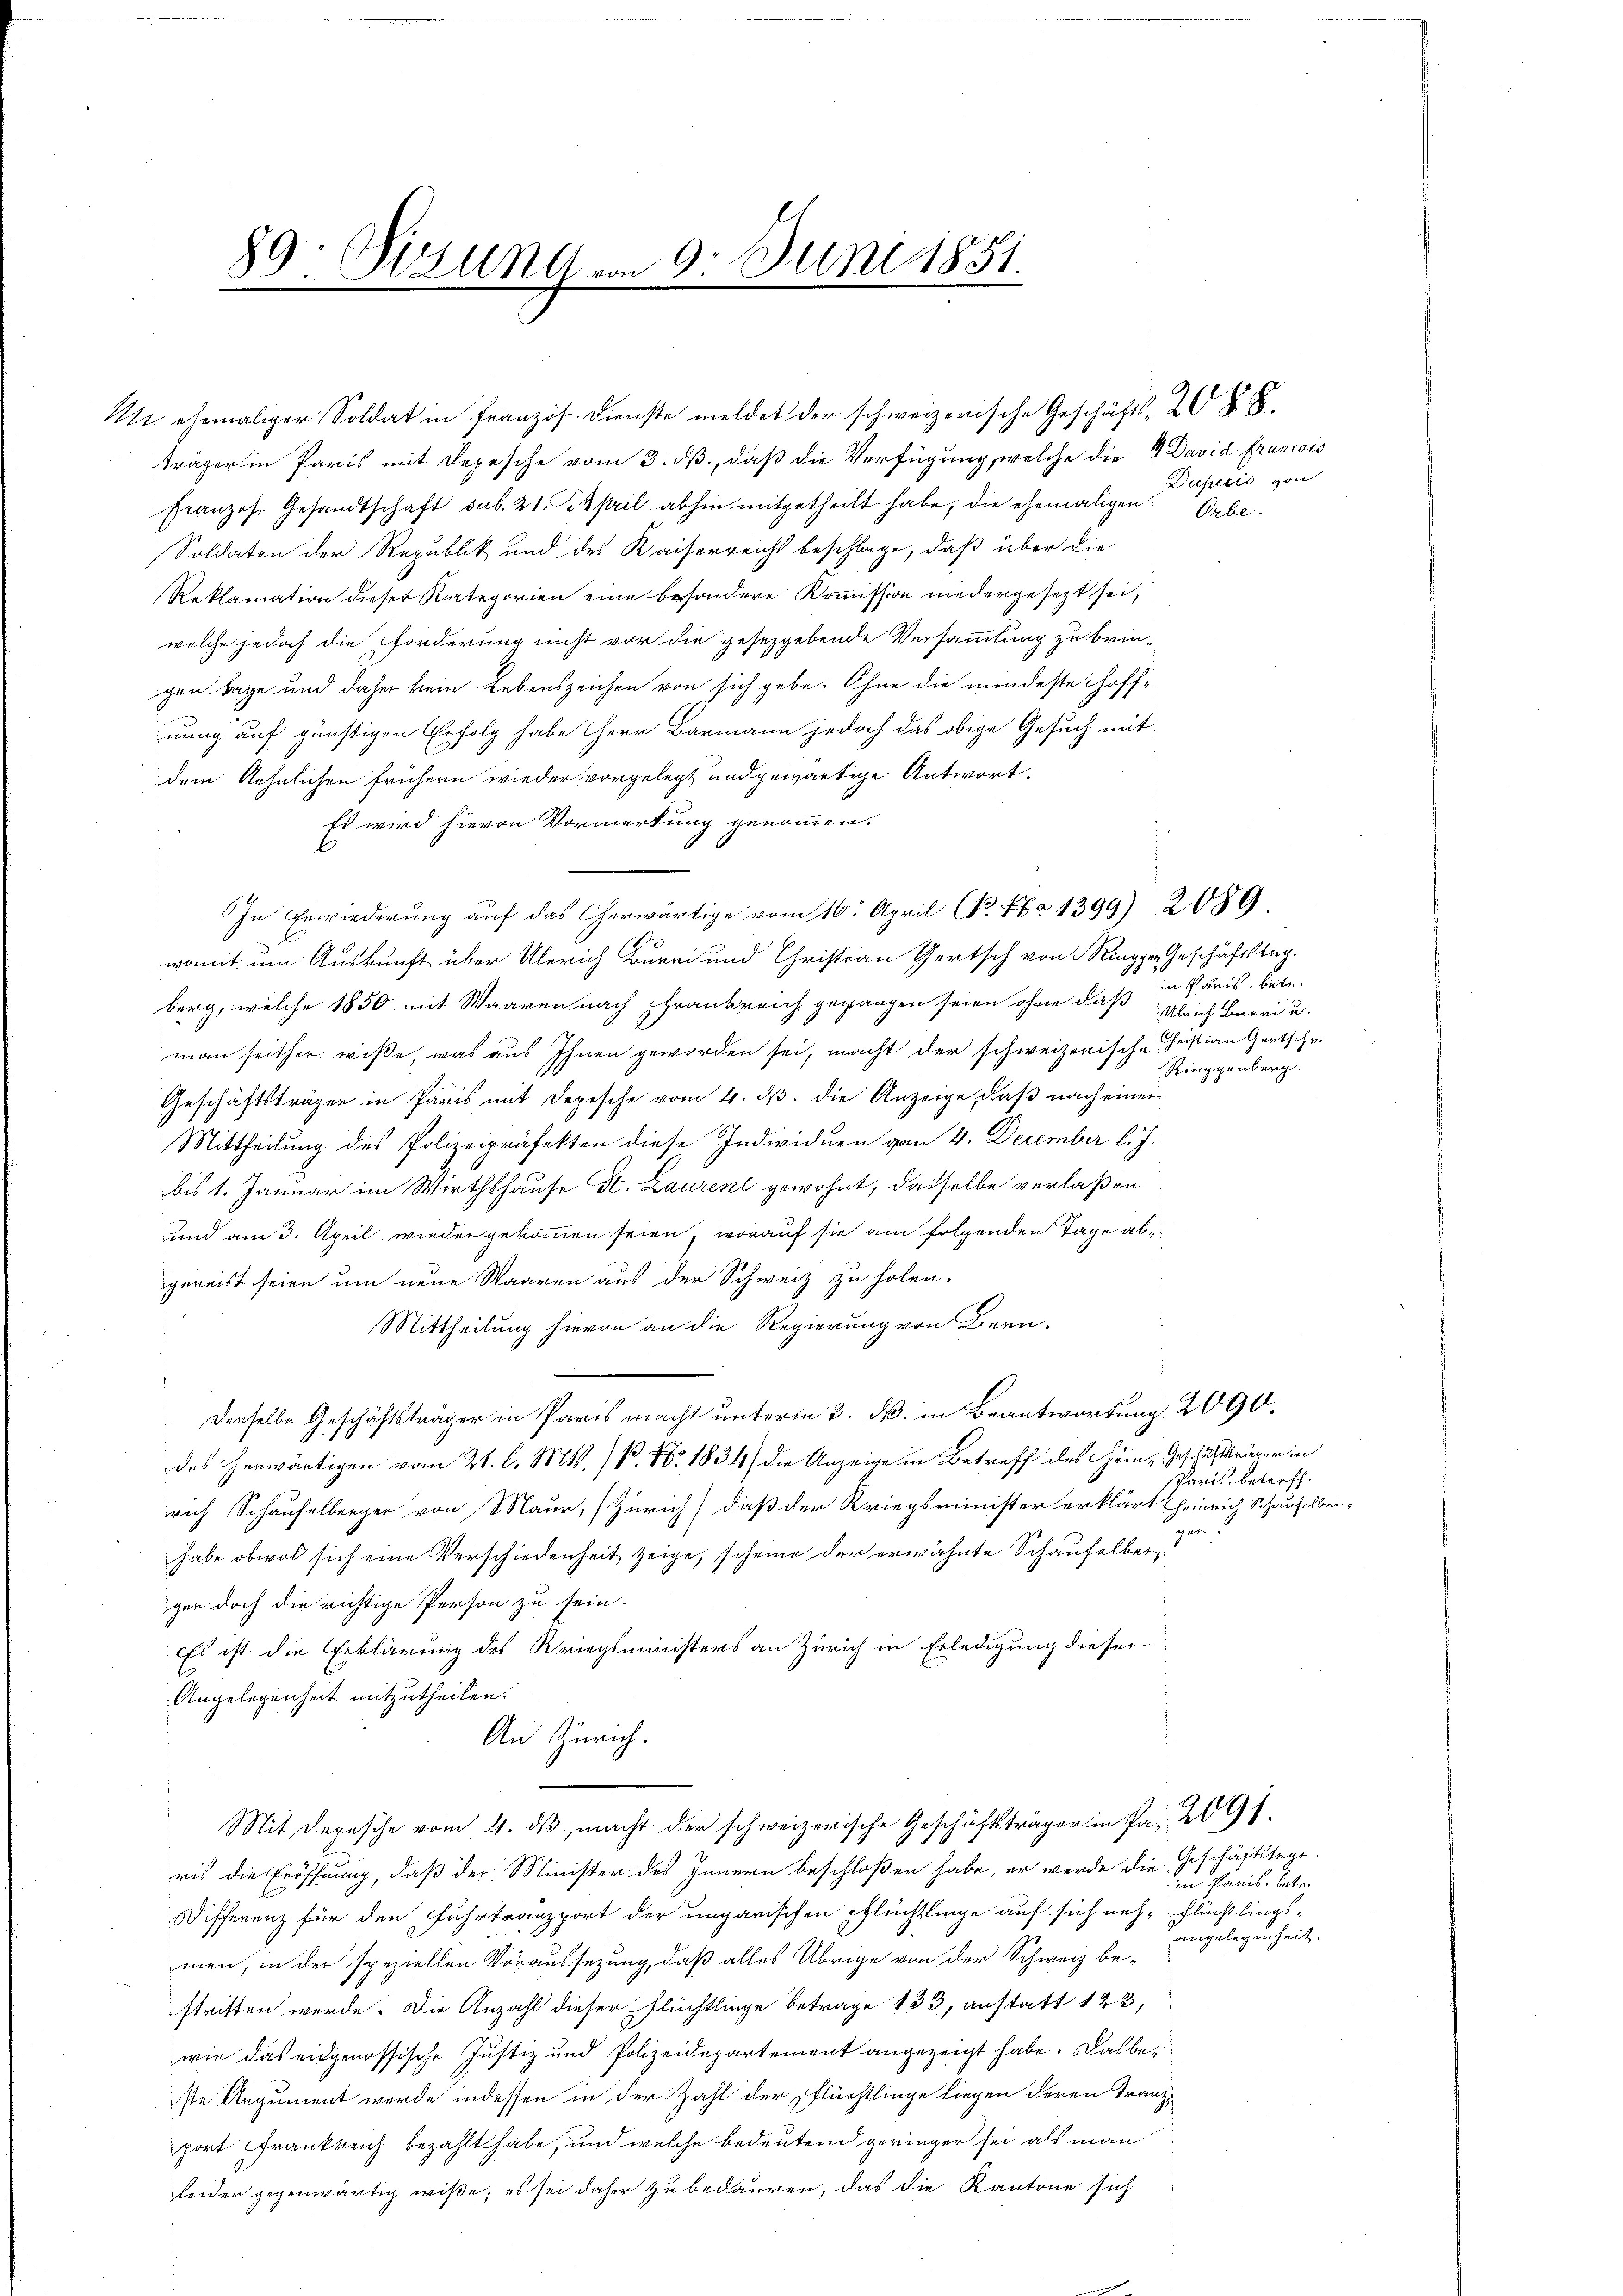
89: Sizung von 9. Juni 1851.

Mi ehemaliger Soldat in Französ. Dienste meldet der schweizerische Geschäfts- 20 § 8.
träger in Paris mit Depesche vom 3. ds., daß die Verfügung, welche die 4 David Francois
Franzos. Gesandtschaft sub. 21. April abhin mitgetheilt habe, die ehemaligen. Orbe¬
Soldaten der Republik und des Kaiserreicht beschlage, daß über die
Reklamation dieser Kategorien eine besondere Kommission niedergesezt sei,
welche jedoch die Forderung nicht vor die gesezgebende Versammlung zu bringen Tage und daher kein Lebenszeichen von sich gebe. Ohne die mindeste Hoffnung auf günstigen Erfolg habe Herr Barmann jedoch das obige Gesuch mit
dem Aehnlichen frühern wieder vorgelegt und gewärtige Antwort.
Es wird hievon Vormerkung genommen.
In Erwiederung auf das Cherwärtige vom 16. April 1. No 1399) 2089
womit um Auskunft über Uberich Burri und Christian Gertsch von Ringger Geschäftstag,
berg, welche 1850 mit Waaren nach frankreich gegangen seien ohne daß gleich Berei u.
man seither wiße, was aus Ihnen geworden sei, macht der schweizerische Justian Gertschri
Geschäftsträgen in Paris mit Depesche vom 4. ds. die Anzeige, daß nach einer
Mittheilung des Polizeipräfekten diese Individuen van 4. December l. J.
bis 1. Januar im Wirthshause St. Laurent gewohnt, dasselbe verlaßen
und am 3. April wieder gekommen seien, worauf sie am folgenden Tage abgereist seien um neue Waaren aus der Schweiz zu holen.
Mittheilung hievon an die Regierung von Bern.
" Derselbe Geschäftsträger in Paris macht unterm 3. dß. in Beantwortung, 2090.
des herwärtigen vom 21. l. Mts. B. 1. 1834) die Anzeige in Betreff des Hein- Geschäftsträger in
rrich Schaufelberger von Maur, (Zürich) daß der Kriegsminister erklärt Heinrich Schaufelber-
habe obwol sich eine Verschiedenheit zeige, scheine der erwähnte Schaufelber,
ger doch die richtige Person zu sein.
Es ist die Erklärung des Kriegsministers an Zürich in Erledigung dieser
Angelegenheit mitzutheilen.
An Zürich.
Mit Depesche vom 4. ds. macht der schweizerische Geschäftsträger in Pa. 2091
ris die Eröffnung, daß der Minister des Innern beschloßen habe, er werde die Geschäftstage.
Differenz für den Fuhrtransport der ungarischen pflüchtlinge auf sich neh- Flüchtlingsmen, in der speziellen Voraussezung, daß alles Übrige von der Schweiz be-
stritten werde. Die Anzahl dieser Flüchtlinge betrage 133, anstatt 123,
wie das eidgenössische Justiz und Polizeidepartement angezeigt habe. Das beste Augument werde indessen in der Zahl der Pflüchtlinge liegen deren Franzport Frankreich bezahlt habe, und welche bedeutend geringer sei als man
sleider gegenwärtig wiße; es sei daher zu bedauren, das die Kantone sich

Duperio von

in Paris, betr.
Ringgenberg.

Paris, betreff
gen

den Paris, betr.
angelegenheit.